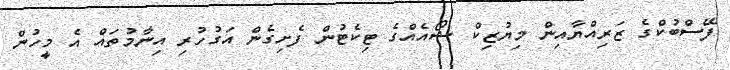
ފޭސްބުކްގެ ޒަރިއްޔާއިން މިޔުޒިކް ޝޯއެއްގެ ޓިކެޓުން ފެށިގެން އަގުހުރި އިނާމުތައް އެ މީހުން